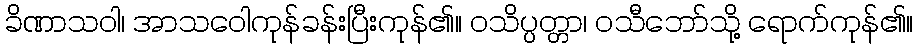
ခိဏာသဝါ၊ အာသဝေါကုန်ခန်းပြီးကုန်၏။ ဝသိပ္ပတ္တာ၊ ဝသီဘော်သို့ ရောက်ကုန်၏။